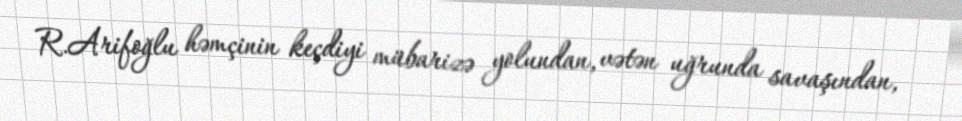
R.Arifoğlu həmçinin keçdiyi mübarizə yolundan, vətən uğrunda savaşından,